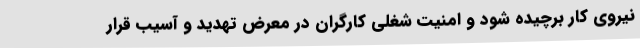
نیروی کار برچیده شود و امنیت شغلی کارگران در معرض تهدید و آسیب قرار